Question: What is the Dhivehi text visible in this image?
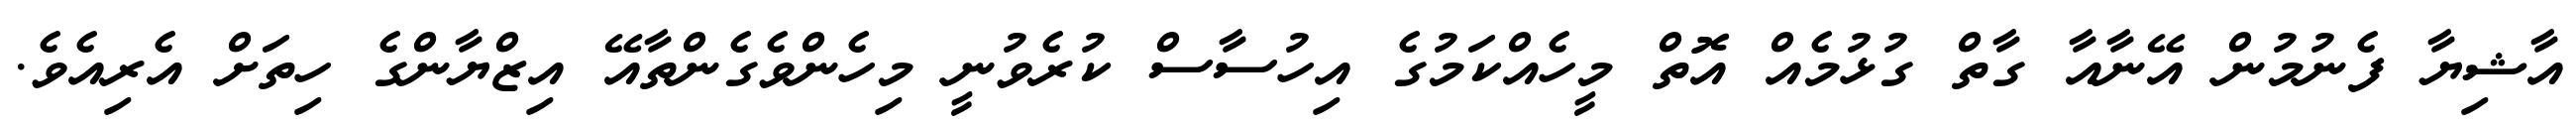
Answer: އާޝިޔާ ފެނުމުން އޭނާއާ ގާތް ގުޅުމެއް އޮތް މީހެއްކަމުގެ އިހުސާސް ކުރެވުނީ މިހެންވެގެންތާއޭ އިޒްޔާންގެ ހިތަށް އެރިއެވެ.